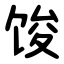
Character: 馂